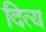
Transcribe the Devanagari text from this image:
दित्य